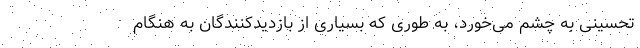
تحسینی به چشم می‌خورد، به طوری که بسیاری از بازدیدکنندگان به هنگام